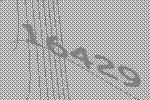
16429